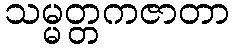
သမ္မတ္တကဇာတာ